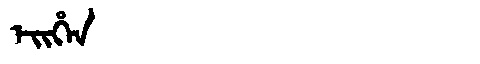
Manchu: ᡝᡳᡥᡝᠨ
Romanization: EIHEN